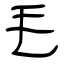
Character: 毛